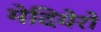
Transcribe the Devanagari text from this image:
मेदियेरो